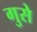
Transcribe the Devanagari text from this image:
गुसे